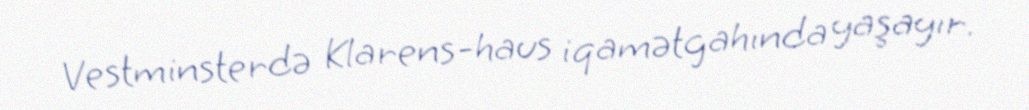
Vestminsterdə Klarens-haus iqamətgahında yaşayır.